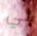
لي